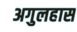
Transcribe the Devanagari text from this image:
अगुलहास